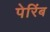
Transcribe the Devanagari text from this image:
पेरिंब